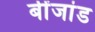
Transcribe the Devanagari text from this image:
बींजांड